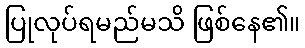
ပြုလုပ်ရမည်မသိ ဖြစ်နေ၏။